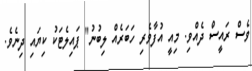
ވެސް ރައީސް ދެއްވި. މިއީ އުފާވެރި ހަބަރެއް ލިބުނު" ޕައިލެޓަކު ކިޔަައި ދިނެވެ.